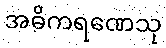
အဓိကရဏေသု